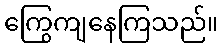
ကြွေကျနေကြသည်။